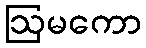
ဩမကော